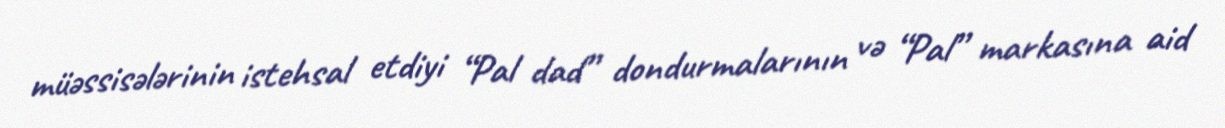
müəssisələrinin istehsal etdiyi “Pal dad” dondurmalarının və “Pal” markasına aid